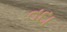
તદા